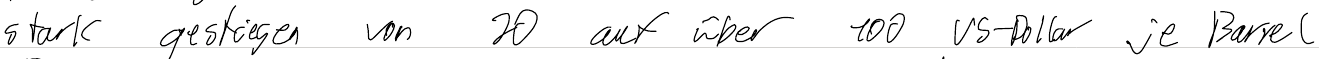
stark gestiegen von 20 auf über 100 US-Dollar je Barrel